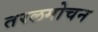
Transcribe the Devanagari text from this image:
तरलमोचन